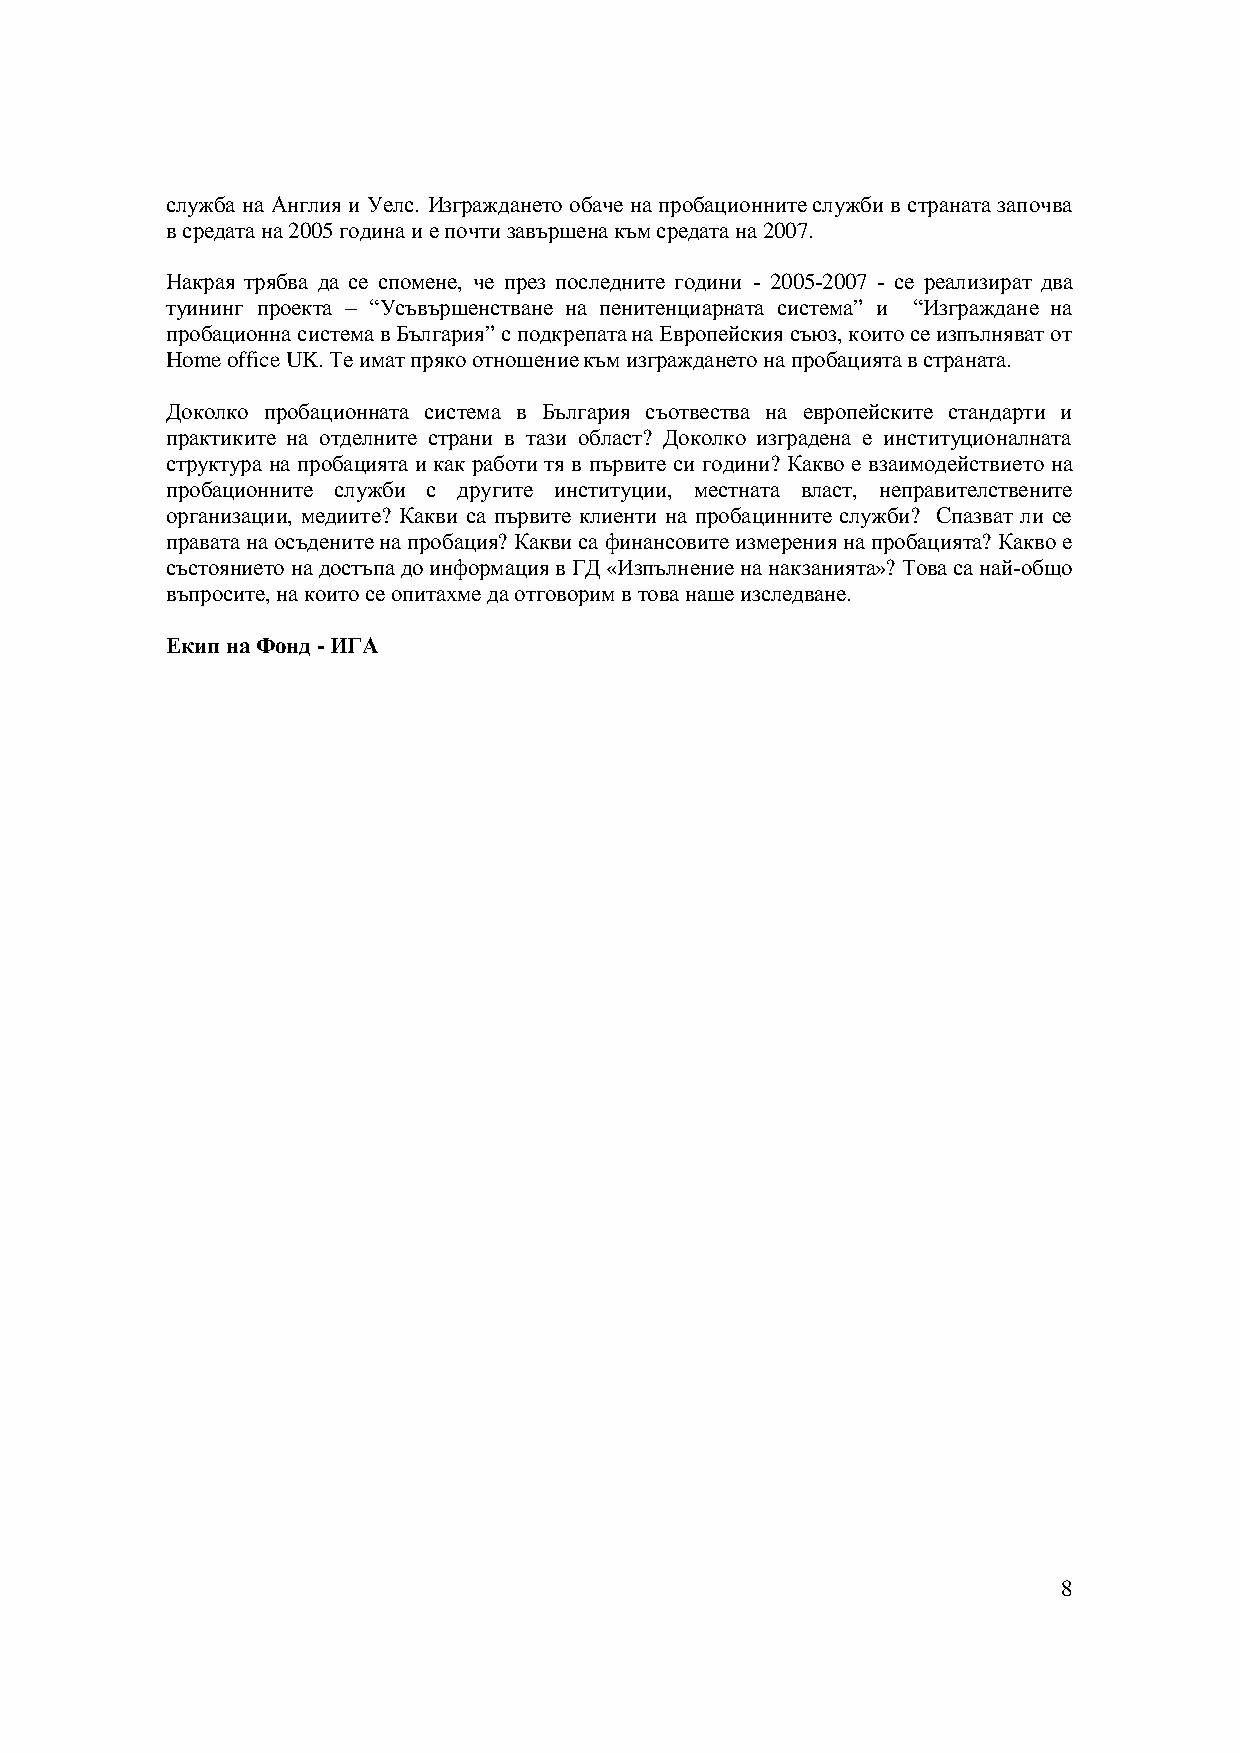
служба на Англия и Уелс. Изграждането обаче на пробационните служби в страната започва
 в средата на 2005 година и е почти завършена към средата на 2007.
 Накрая трябва да се спомене, че през последните години -2005-2007 - се реализират два
 туининг проекта – “Усъвършенстване напенитенциарната система” и “Изграждане на
 пробационна система в България” с подкрепата на Европейския съюз, които се изпълняват от
 HomeofficeUK. Те имат пряко отношение към изграждането на пробацията в страната.
 Доколко пробационната система в България съотвества на европейските стандарти и
 практиките на отделните страни в тази област? Доколко изградена е институционалната
 структура на пробацията и как работи тя в първите си години? Какво е взаимодействието на
 пробационните служби с другите институции, местната власт, неправителствените
 организации, медиите? Какви са първите клиенти на пробацинните служби? Спазват ли се
 правата на осъдените на пробация? Какви са финансовите измерения на пробацията? Какво е
 състоянието на достъпа до информация в ГД «Изпълнение на накзанията»? Това са най-общо
 въпросите, на които се опитахме да отговорим в това наше изследване.
 Екип на Фонд- ИГА
 8